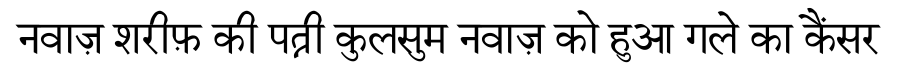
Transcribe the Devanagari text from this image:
नवाज़ शरीफ़ की पत्नी कुलसुम नवाज़ को हुआ गले का कैंसर